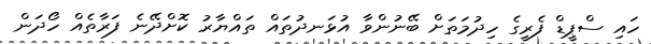
ހައި ސްޕީޑް ފެރީގެ ހިދުމަތަށް ބޭނުންވާ އުޅަނދުތައް ތައްޔާރު ކޮށްދޭނެ ފަރާތެއް ހޯދަން